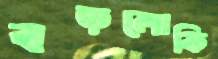
বড়লোকি